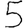
Digit: 5